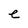
Character: e